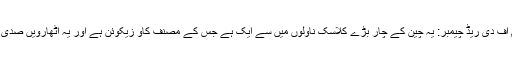
7 – دی ڈریم آف دی ریڈ چیمبر: یہ چین کے چار بڑے کلاسک ناولوں میں سے ایک ہے جس کے مصنف کاؤ زیکوئن ہے اور یہ اٹھارویں صدی میں لکھا گیا۔